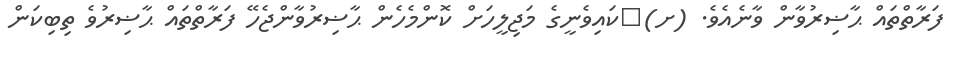
ފަރާތްތައް ޙާޟިރުވާން ވާނެއެވެ. (ށ)	ކައިވެނީގެ މަޖިލީހަށް ކޮންމެހެން ޙާޟިރުވާންޖެހޭ ފަރާތްތައް ޙާޟިރުވެ ތިބިކަން